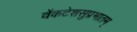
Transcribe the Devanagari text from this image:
वेंकटेशसुप्रभातम्